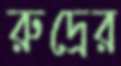
রুদ্রের